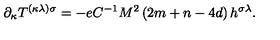
\partial _ { \kappa } T ^ { ( \kappa \lambda ) \sigma } = - e C ^ { - 1 } M ^ { 2 } \left( 2 m + n - 4 d \right) h ^ { \sigma \lambda } .